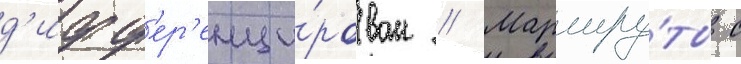
д'ифф'ер'енци́рован // Маршру́ты с